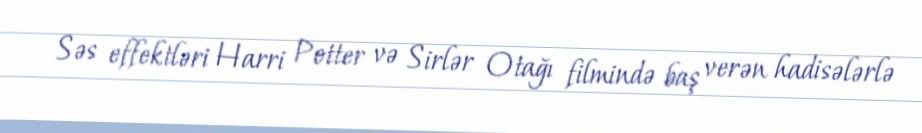
Səs effektləri Harri Potter və Sirlər Otağı filmində baş verən hadisələrlə